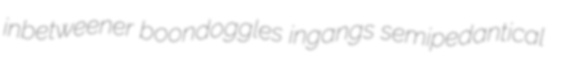
inbetweener boondoggles ingangs semipedantical